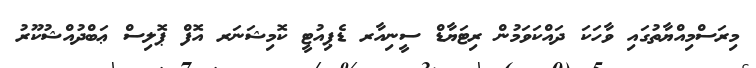
މިރަސްމިއްޔާތުގައި ވާހަކަ ދައްކަވަމުން ރިޓަޔާޑް ސީނިއާރ ޑެޕިއުޓީ ކޮމިޝަނަރ އޮފް ޕޮލިސް ޢަބްދުއްޝުކޫރު